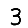
Digit: 3